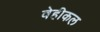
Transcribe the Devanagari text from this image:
वेहीकल